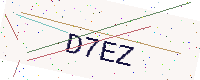
Text: D7EZ